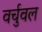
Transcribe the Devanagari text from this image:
वर्चुवल